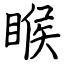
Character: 睺